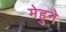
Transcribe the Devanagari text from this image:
मेहुने